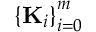
\left\{ { \bf K } _ { i } \right\} _ { i = 0 } ^ { m }